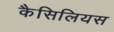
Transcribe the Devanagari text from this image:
कैसिलियस